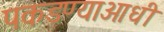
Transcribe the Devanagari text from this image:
पकडण्याआधी